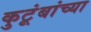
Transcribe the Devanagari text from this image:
कुटूंबांच्या